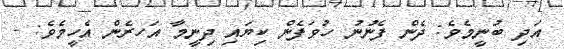
އަދި ބުނީމެވެ: ދެން ފެނުނު ހުވަފެން ކިޔައި ދިނީމާ އަަހރެން އެހީމެވެ: -